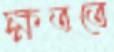
ক্ষততে